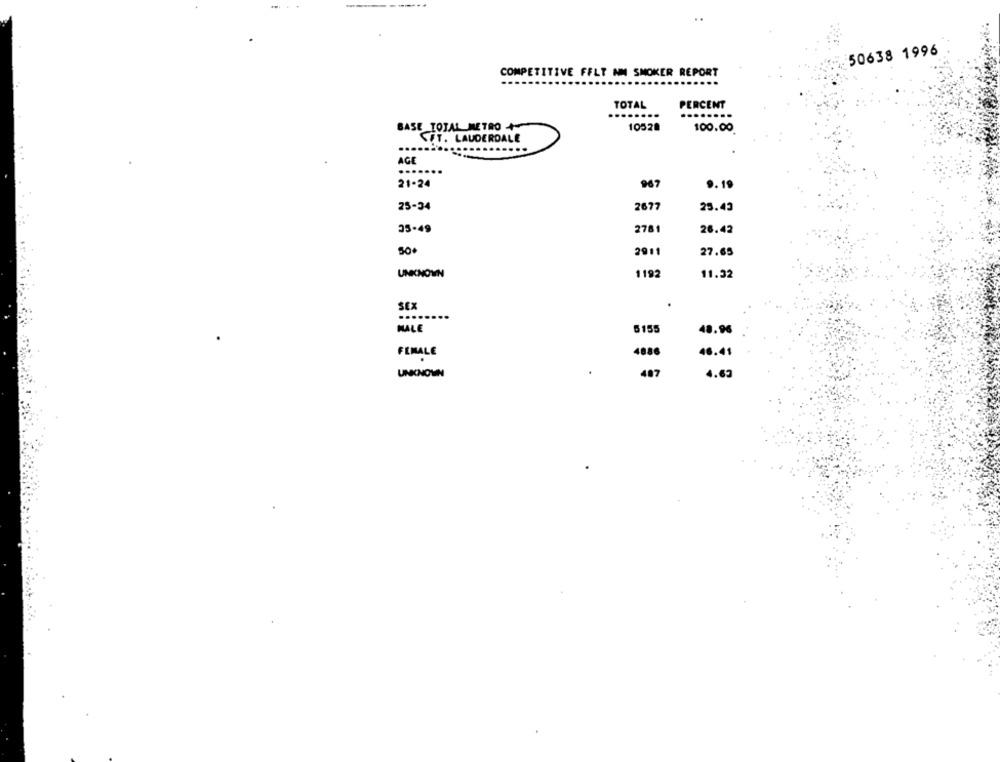
. 50638 1996
COMPETITIVE FELT NM SMOKER REPORT
TOTAL
PERCENT
BASE TOTAL METRO
10528
100.00.
FT. LAUDERDALE
...
AGE
......
21-24
967
9.19
25-34
2677
25.43
35-49
2781
26.42
50.
2911
27.65
UNKNOWN
1192
11.32
SEX
MALE
5155
48.96
FEMALE
4886
46.41
UNKNOWN
407
4.69